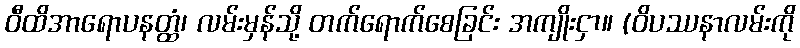
ဝီထိအာရောပနတ္ထံ၊ လမ်းမှန်သို့ တက်ရောက်စေခြင်း အကျိုးငှာ။ (ဝိပဿနာလမ်းကို